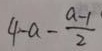
4 - a - \frac { a - 1 } { 2 }